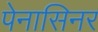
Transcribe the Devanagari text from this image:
पेनासिनर